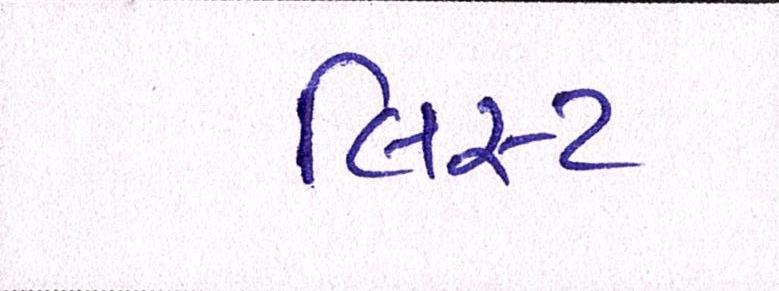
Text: લિસ્ટ